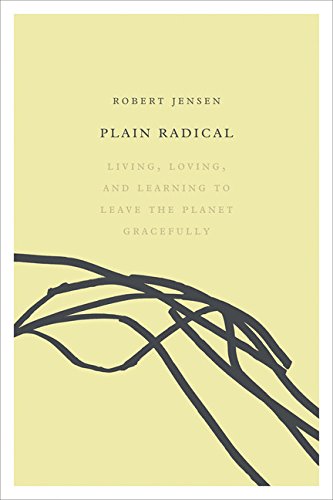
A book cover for Plain Radical: Living, Loving and Learning to Leave the Planet Gracefully; Robert Jensen; Gay & Lesbian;